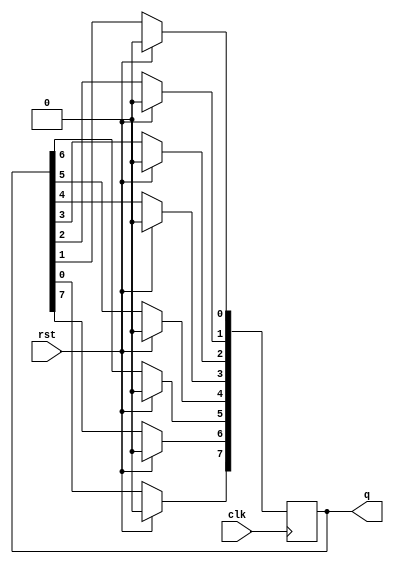
module shiftreg (clk,rst,q);
	parameter width=7;
	input clk,rst;
	output reg [width:0] q = 8'b11010100;
	integer i;

	always @(posedge clk)
	begin
		if(rst)
			q<=8'b0;
		else begin
				for(i=0;i<=width-1;i=i+1) begin
					q[i]<=q[i+1];
				end
				q[width]=q[0];  //output of last connected to first-> ring counter
			end	
	end
endmodule